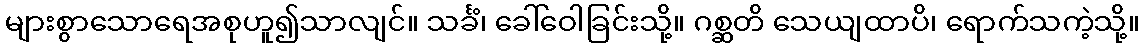
များစွာသောရေအစုဟူ၍သာလျင်။ သင်္ခံ၊ ခေါ်ဝေါခြင်းသို့။ ဂစ္ဆတိ သေယျထာပိ၊ ရောက်သကဲ့သို့။